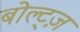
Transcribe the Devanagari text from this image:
बोल्ट्ज़